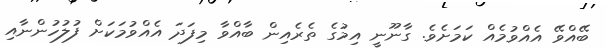
ބޭއްވޭ އެއްވުމެއް ކަމަށެވެ. ގާނޫނީ އިމުގެ ތެރެއިން ބާއްވާ މިފަދަ އެއްވުމަކަށް ފުލުހުންނާއި